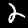
Label: 2